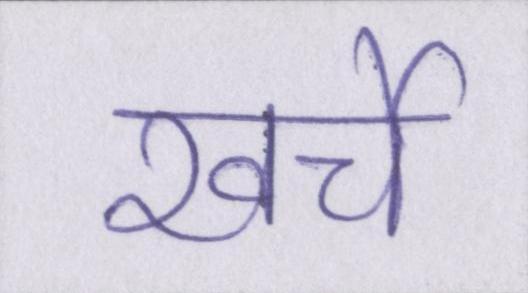
खर्चे